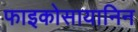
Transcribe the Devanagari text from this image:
फाइकोसायानिन